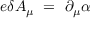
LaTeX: e \delta A _ { \mu } ~ = ~ \partial _ { \mu } \alpha